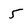
Character: 5